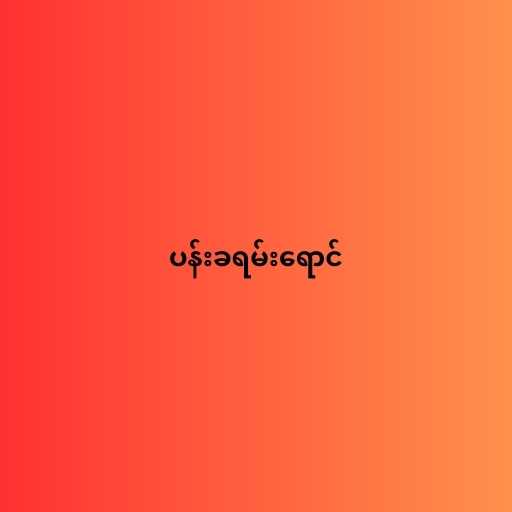
ပန်းခရမ်းရောင်